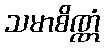
သမာစိဏ္ဏံ